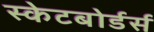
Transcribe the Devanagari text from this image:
स्केटबोर्डर्स